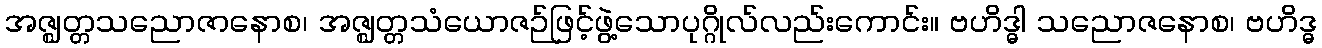
အဇ္ဈတ္တသညောဇာနောစ၊ အဇ္ဈတ္တသံယောဇဉ်ဖြင့်ဖွဲ့သောပုဂ္ဂိုလ်လည်းကောင်း။ ဗဟိဒ္ဓါ သညောဇနောစ၊ ဗဟိဒ္ဓ